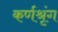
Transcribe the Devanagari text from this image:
कर्णश्रृंग